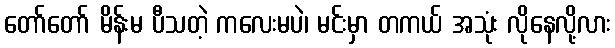
တော်တော် မိန်းမ ပီသတဲ့ ကလေးမပဲ၊ မင်းမှာ တကယ် အသုံး လိုနေလို့လား